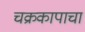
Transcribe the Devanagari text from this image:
चक्रकापाचा